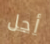
أجل